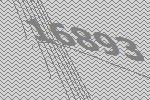
16893